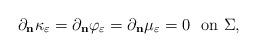
LaTeX: \begin{align*} \partial_{\bf{n}} \kappa_{\varepsilon} = \partial_{\bf{n}} \varphi_{\varepsilon} = \partial_{\bf{n}} \mu_{\varepsilon} = 0 \ \ \textrm{on $\Sigma$,}\end{align*}